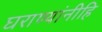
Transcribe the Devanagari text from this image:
घराण्यांनीहि